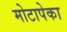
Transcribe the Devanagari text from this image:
मोटापेका